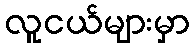
လူငယ်များမှာ